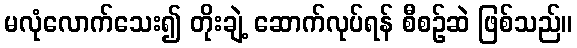
မလုံလောက်သေး၍ တိုးချဲ့ ဆောက်လုပ်ရန် စီစဉ်ဆဲ ဖြစ်သည်။